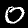
Label: 0